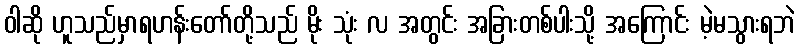
ဝါဆို ဟူသည်မှာရဟန်းတော်တို့သည် မိုး သုံး လ အတွင်း အခြားတစ်ပါးသို့ အကြောင်း မဲ့မသွားရဘဲ